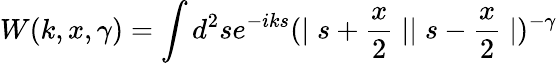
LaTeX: W(k,x,\gamma)=\int d^{2}se^{-iks}(\mid s+\frac{x}2\mid\mid s-\frac{x}2\mid)^{-\gamma}